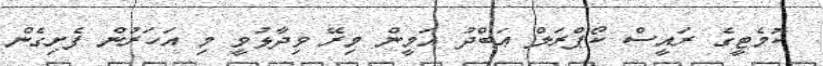
ކޮމެޓީގެ ރައީސް ކޯޕްރަލް ޢަބްދު އަމީން މިރޭ ވިދާޅުވީ މި އަހަރުން ފެށިގެން